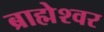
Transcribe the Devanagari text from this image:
ब्राह्मेश्‍वर